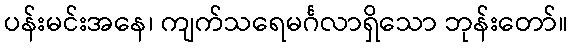
ပန်းမင်းအနေ၊ ကျက်သရေမင်္ဂလာရှိသော ဘုန်းတော်။